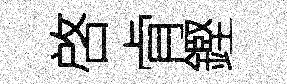
啓肻鏗